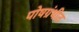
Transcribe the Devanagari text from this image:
पोषग्रंथीत